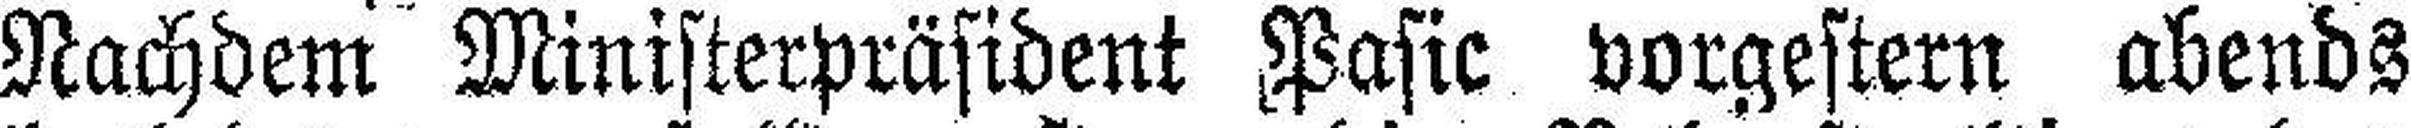
Nachdem Ministerpräsident Pasic vorgestern abends